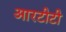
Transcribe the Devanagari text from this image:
आरटीटी